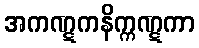
အကဏ္ဋကနိက္ကဏ္ဋကာ